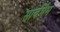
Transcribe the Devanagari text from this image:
सार्वभैम